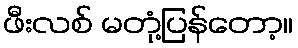
ဖီးလစ် မတုံ့ပြန်တော့။